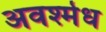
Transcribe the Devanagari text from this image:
अवश्मेध